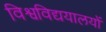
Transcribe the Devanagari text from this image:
विश्वविद्ययालयों